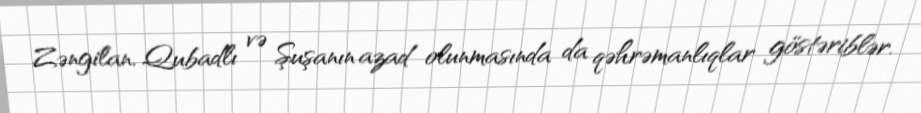
Zəngilan, Qubadlı və Şuşanın azad olunmasında da qəhrəmanlıqlar göstəriblər.